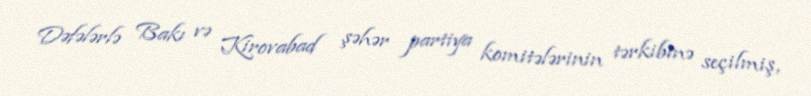
Dəfələrlə Bakı və Kirovabad şəhər partiya komitələrinin tərkibinə seçilmiş,